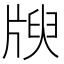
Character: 𤗝